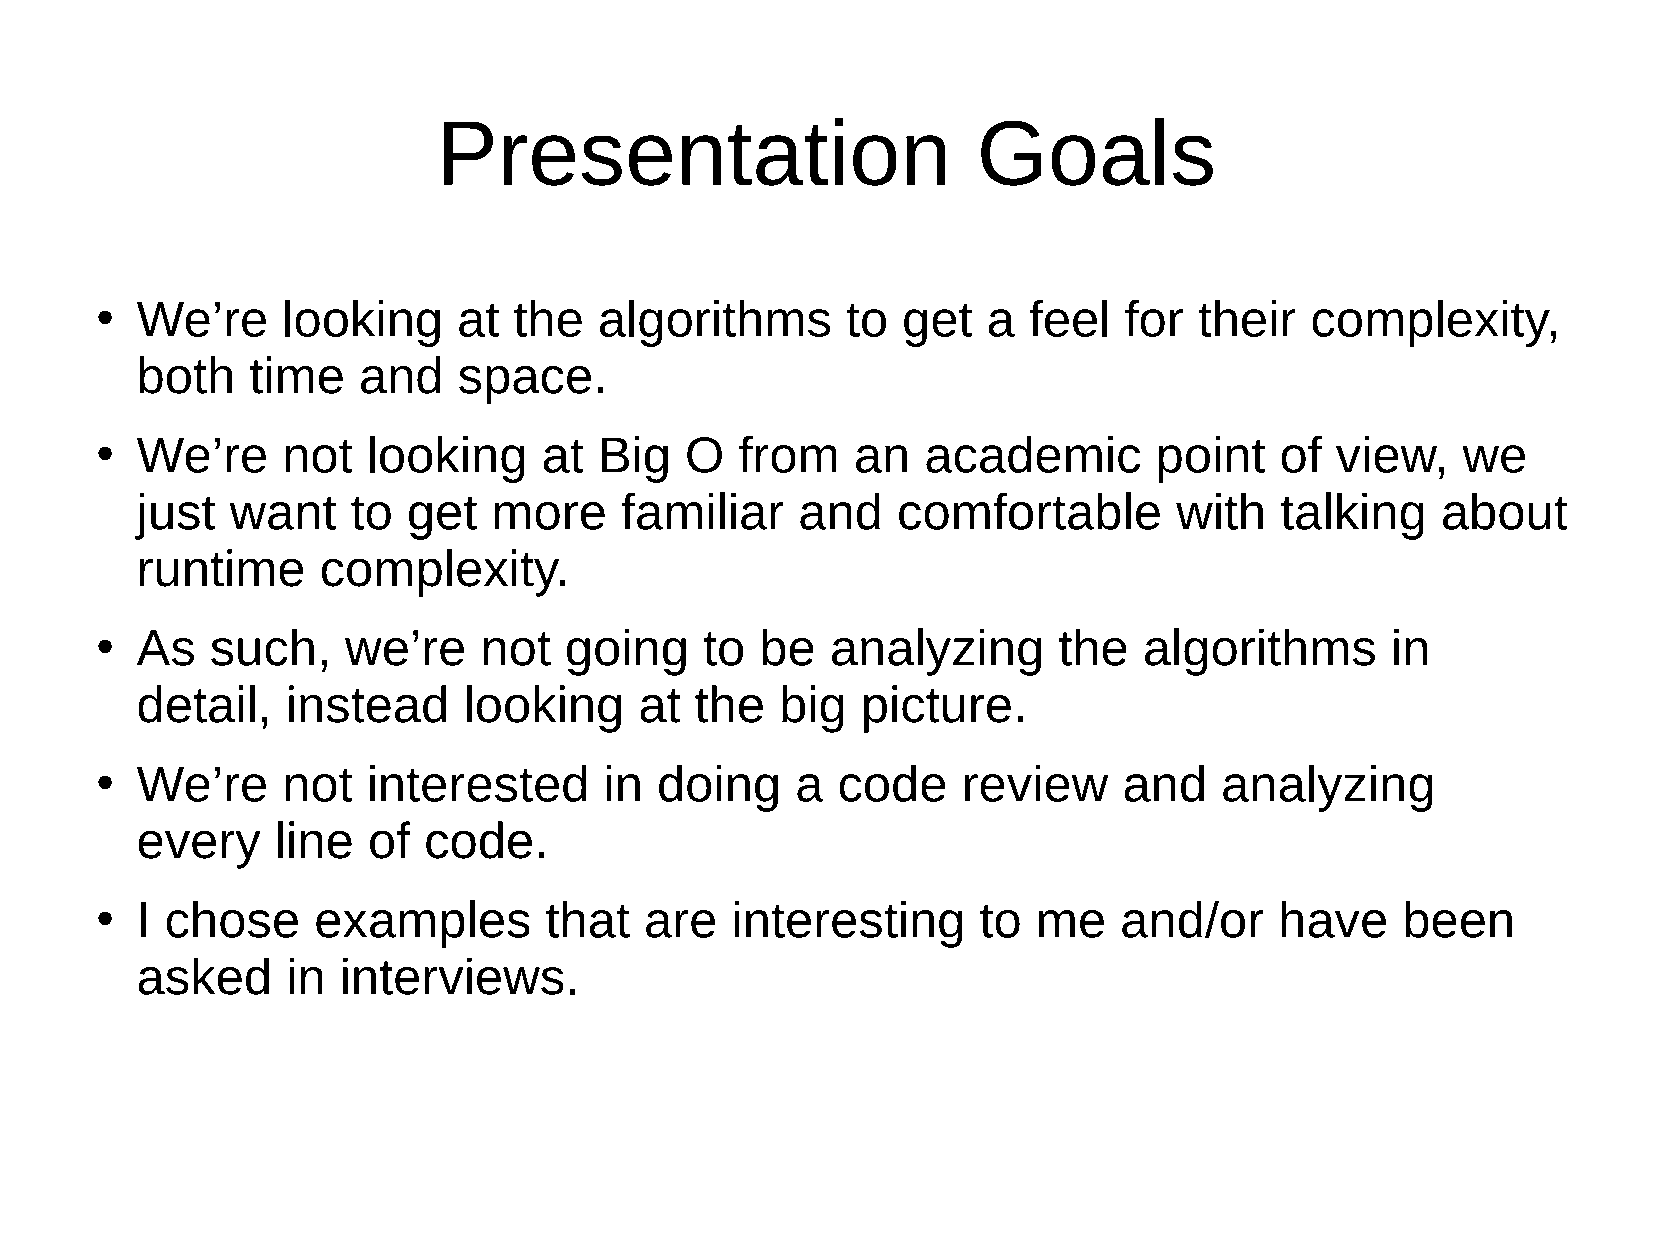
Presentation                        Goals
 We’re     looking    at  the   algorithms      to  get  a  feel  for  their   complexity,
 ●
 both    time   and   space.
 We’re     not  looking     at  Big  O   from    an  academic       point    of view,    we
 ●
 just  want    to  get   more    familiar    and   comfortable        with   talking   about
 runtime     complexity.
 As   such,    we’re    not  going     to be   analyzing      the   algorithms      in
 ●
 detail,   instead     looking    at  the   big  picture.
 We’re     not  interested      in doing     a code     review    and    analyzing
 ●
 every    line  of  code.
 I chose     examples       that   are  interesting      to  me   and/or     have    been
 ●
 asked     in interviews.